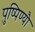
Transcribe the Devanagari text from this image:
पुष्पिण्यौ